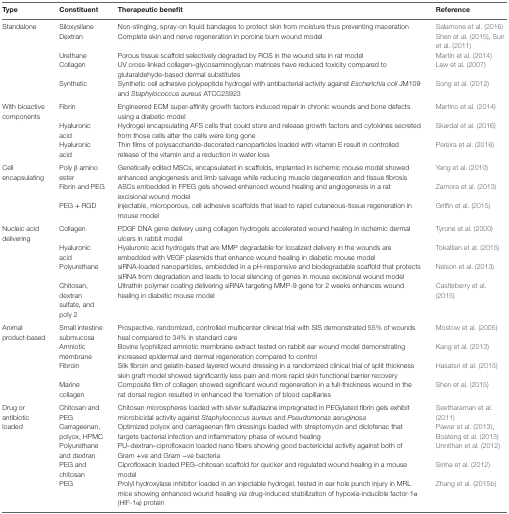
<table><thead><tr><td><b>Type</b></td><td><b>Constituent</b></td><td><b>Therapeutic benefit</b></td><td><b>Reference</b></td></tr></thead><tbody><tr><td rowspan="5">Standalone</td><td>Siloxysilane</td><td>Non-stinging, spray-on liquid bandages to protect skin from moisture thus preventing maceration</td><td>Salamone et al. (2016)</td></tr><tr><td>Dextran</td><td>Complete skin and nerve regeneration in porcine burn wound model</td><td>Shen et al. (2015), Sun et al. (2011)</td></tr><tr><td>Urethane</td><td>Porous tissue scaffold selectively degraded by ROS in the wound site in rat model</td><td>Martin et al. (2014)</td></tr><tr><td>Collagen</td><td>UV cross-linked collagen–glycosaminoglycan matrices have reduced toxicity compared to glutaraldehyde-based dermal substitutes</td><td>Lew et al. (2007)</td></tr><tr><td>Synthetic</td><td>Synthetic cell adhesive polypeptide hydrogel with antibacterial activity against <i>Escherichia coli</i> JM109 and <i>Staphylococcus aureus</i> ATCC25923</td><td>Song et al. (2012)</td></tr><tr><td rowspan="3">With bioactive components</td><td>Fibrin</td><td>Engineered ECM super-affinity growth factors induced repair in chronic wounds and bone defects using a diabetic model</td><td>Martino et al. (2014)</td></tr><tr><td>Hyaluronic acid</td><td>Hydrogel encapsulating AFS cells that could store and release growth factors and cytokines secreted from those cells after the cells were long gone</td><td>Skardal et al. (2016)</td></tr><tr><td>Hyaluronic acid</td><td>Thin films of polysaccharide-decorated nanoparticles loaded with vitamin E result in controlled release of the vitamin and a reduction in water loss</td><td>Pereira et al. (2016)</td></tr><tr><td rowspan="3">Cell encapsulating</td><td>Poly β amino ester</td><td>Genetically edited MSCs, encapsulated in scaffolds, implanted in ischemic mouse model showed enhanced angiogenesis and limb salvage while reducing muscle degeneration and tissue fibrosis</td><td>Yang et al. (2010)</td></tr><tr><td>Fibrin and PEG</td><td>ASCs embedded in FPEG gels showed enhanced wound healing and angiogenesis in a rat excisional wound model</td><td>Zamora et al. (2013)</td></tr><tr><td>PEG + RGD</td><td>Injectable, microporous, cell adhesive scaffolds that lead to rapid cutaneous-tissue regeneration in mouse model</td><td>Griffin et al. (2015)</td></tr><tr><td rowspan="4">Nucleic acid delivering</td><td>Collagen</td><td>PDGF DNA gene delivery using collagen hydrogels accelerated wound healing in ischemic dermal ulcers in rabbit model</td><td>Tyrone et al. (2000)</td></tr><tr><td>Hyaluronic acid</td><td>Hyaluronic acid hydrogels that are MMP degradable for localized delivery in the wounds are embedded with VEGF plasmids that enhance wound healing in diabetic mouse model</td><td>Tokatlian et al. (2015)</td></tr><tr><td>Polyurethane</td><td>siRNA-loaded nanoparticles, embedded in a pH-responsive and biodegradable scaffold that protects siRNA from degradation and leads to local silencing of genes in mouse excisional wound model</td><td>Nelson et al. (2013)</td></tr><tr><td>Chitosan, dextran sulfate, and poly 2</td><td>Ultrathin polymer coating delivering siRNA targeting MMP-9 gene for 2 weeks enhances wound healing in diabetic mouse model</td><td>Castleberry et al. (2015)</td></tr><tr><td rowspan="4">Animal product-based</td><td>Small intestine submucosa</td><td>Prospective, randomized, controlled multicenter clinical trial with SIS demonstrated 55% of wounds heal compared to 34% in standard care</td><td>Mostow et al. (2005)</td></tr><tr><td>Amniotic membrane</td><td>Bovine lyophilized amniotic membrane extract tested on rabbit ear wound model demonstrating increased epidermal and dermal regeneration compared to control</td><td>Kang et al. (2013)</td></tr><tr><td>Fibroin</td><td>Silk fibroin and gelatin-based layered wound dressing in a randomized clinical trial of split thickness skin graft model showed significantly less pain and more rapid skin functional barrier recovery</td><td>Hasatsri et al. (2015)</td></tr><tr><td>Marine collagen</td><td>Composite film of collagen showed significant wound regeneration in a full-thickness wound in the rat dorsal region resulted in enhanced the formation of blood capillaries</td><td>Shen et al. (2015)</td></tr><tr><td rowspan="5">Drug or antibiotic loaded</td><td>Chitosan and PEG</td><td>Chitosan microspheres loaded with silver sulfadiazine impregnated in PEGylated fibrin gels exhibit microbicidal activity against <i>Staphylococcus aureus</i> and <i>Pseudomonas aeruginosa</i></td><td>Seetharaman et al. (2011)</td></tr><tr><td>Carrageenan, polyox, HPMC</td><td>Optimized polyox and carrageenan film dressings loaded with streptomycin and diclofenac that targets bacterial infection and inflammatory phase of wound healing</td><td>Pawar et al. (2013), Boateng et al. (2013)</td></tr><tr><td>Polyurethane and dextran</td><td>PU–dextran–ciprofloxacin loaded nano fibers showing good bactericidal activity against both of Gram +ve and Gram −ve bacteria</td><td>Unnithan et al. (2012)</td></tr><tr><td>PEG and chitosan</td><td>Ciprofloxacin loaded PEG–chitosan scaffold for quicker and regulated wound healing in a mouse model</td><td>Sinha et al. (2012)</td></tr><tr><td>PEG</td><td>Prolyl hydroxylase inhibitor loaded in an injectable hydrogel, tested in ear hole punch injury in MRL mice showing enhanced wound healing <i>via</i> drug-induced stabilization of hypoxia-inducible factor-1α (HIF-1α) protein</td><td>Zhang et al. (2015b)</td></tr></tbody></table>